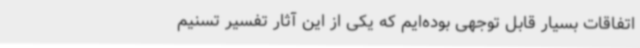
اتفاقات بسیار قابل توجهی بوده‌ایم که یکی از این آثار تفسیر تسنیم